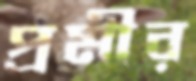
প্রমীর